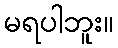
မရပါဘူး။